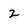
Character: 2